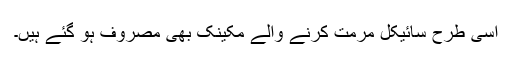
اسی طرح سائیکل مرمت کرنے والے مکینک بھی مصروف ہو گئے ہیں۔